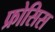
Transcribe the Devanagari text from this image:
फ्रोसिस